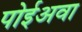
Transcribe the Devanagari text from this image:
पोईअवा